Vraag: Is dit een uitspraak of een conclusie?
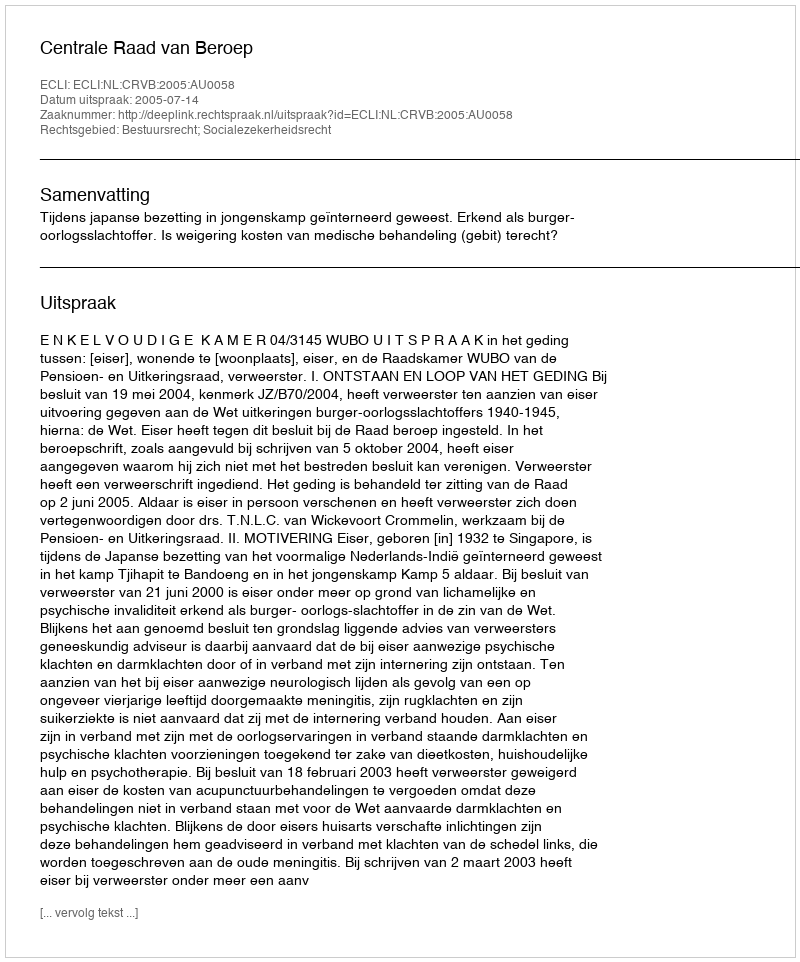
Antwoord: Uitspraak